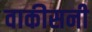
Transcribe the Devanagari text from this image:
वाकीसनी